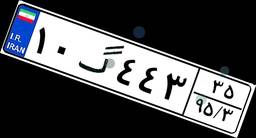
۱۰گ۴۴۳۳۵